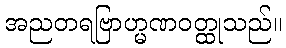
အညတရဗြာဟ္မဏဝတ္ထုသည်။